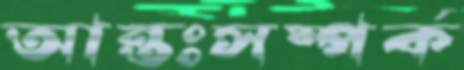
আন্তঃসম্পর্ক